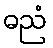
ဓညံ